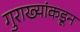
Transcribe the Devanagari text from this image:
गुराख्यांकडून